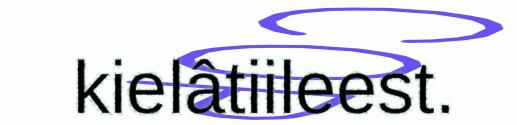
kielâtiileest.